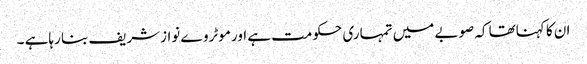
ان کا کہناتھا کہ صوبے میں تمہاری حکومت ہے اور موٹروے نوازشریف بنا رہاہے ۔